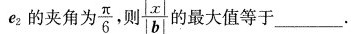
e_{2}的夹角为 \frac{π}{6}，则 \frac{|x|}{|b|}的最大值等于____。